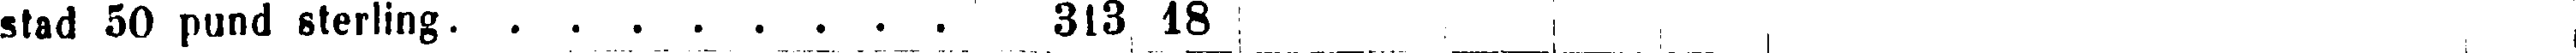
stad 50 pund sterling. . . . . . . . . 313 18